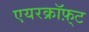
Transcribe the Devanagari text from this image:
एयरक्रॉफ़्ट